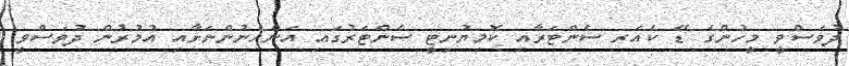
ދުވަސްވީ މީހުންގެ ޑޭ ކެއަރ ސެންޓަރާއި ކޮމިޔުނިޓީ ސެންޓަރުގައި އަންހެނުންނަށާއި އުމުރުން ދުވަސްވީ